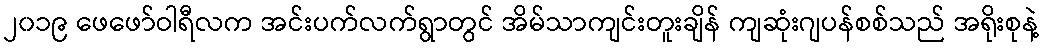
၂၀၁၉ ဖေဖော်ဝါရီလက အင်းပက်လက်ရွာတွင် အိမ်သာကျင်းတူးချိန် ကျဆုံးဂျပန်စစ်သည် အရိုးစုနဲ့